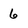
Character: 6